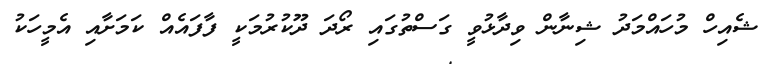
ޝެއިހް މުހައްމަދު ޝިނާން ވިދާޅުވީ ގަސްތުގައި ރޯދަ ދޫކުރުމަކީ ފާފައެއް ކަމަށާއި އެމީހަކު